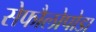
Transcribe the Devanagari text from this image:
सेफौलोपोडा